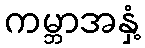
ကမ္ဘာအနှံ့